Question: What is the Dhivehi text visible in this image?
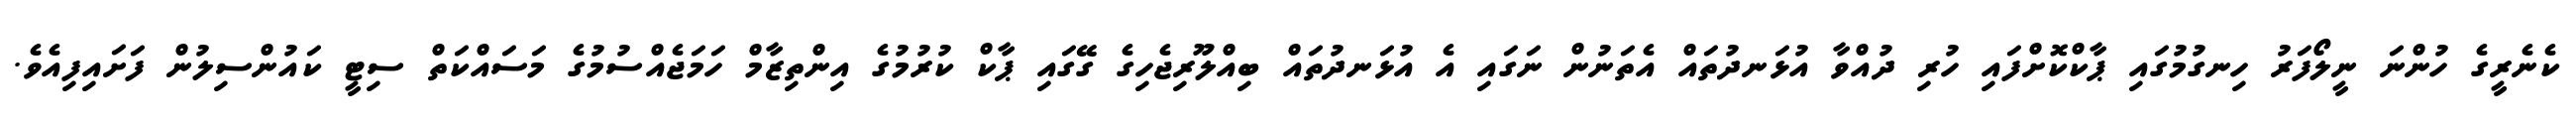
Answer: ކެނެރީގެ ހުންނަ ނީލޯފަރު ހިނގުމުގައި ޕާކްކޮށްފައި ހުރި ދުއްވާ އުޅަނދުތައް އެތަނުން ނަގައި އެ އުޅަނދުތައް ބިއްލޫރިޖެހިގެ ގޭގައި ޕާކް ކުރުމުގެ އިންތިޒާމް ހަމަޖެއްސުމުގެ މަސައްކަތް ސިޓީ ކައުންސިލުން ފަށައިފިއެވެ.